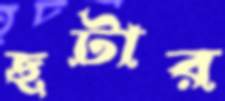
ছটার